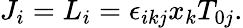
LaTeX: J_{i}=L_{i}=\epsilon_{ikj}x_{k}T_{0j}.